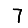
Digit: 7